Report of the Municipal Commissioner on the plague in Bombay for the year ending 31st May... - Volume 2
Disease focus: Plague
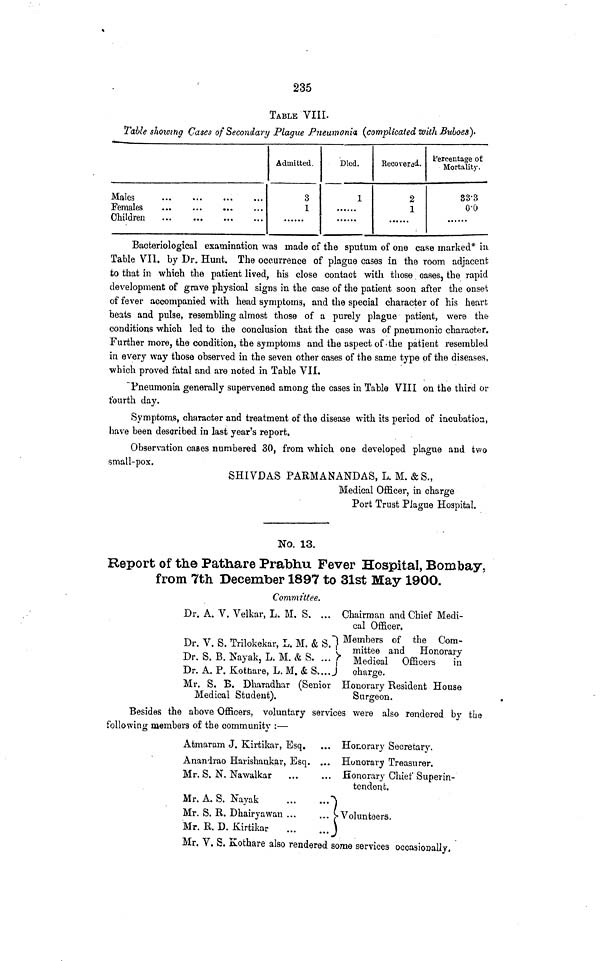
235
TABLE VIIL
*Table showing Cases of Secondary Plague Pneumonia (complicated with Buboes}*
Males
Females
Children
Admitted.
3
1
Died.
1
Recovered.
2
1
Percentage of
Mortality.
83-3
o-o
Bacteriological examination was made of the sputum of one case marked* in
Table VII. by Dr. Hunt. The occurrence of plague cases in the room adjacent
to that in which the patient lived, his close contact with those. cases, the rapid
development of grave physical signs in the case of the patient soon after the onset
of fever accompanied with head symptoms, and the special character of his heart
beats and pulse, resembling almost those of a purely plague patient, were the
conditions which led to the conclusion that the case was of pneumonic character.
Further more, the condition, the symptoms and the aspect of'the patient resembled
in every way those observed in the seven other cases of the same type of the diseases,
which proved fatal and are noted in Table VII.
"Pneumonia generally supervened among the cases in Table VIII on the third or
fourth day.
Symptoms, character and treatment of the disease with its period of incubation,
have been described in last year's report.
Observation cases numbered 30, from which one developed plague and two
small-pox.
SHIVDAS PARMANANDAS, L. M. &S.,
Medical Officer, in charge
Port Trust Plague Hospital.
No. 13.
Report of the Pathare Prabhu Fever Hospital, Bombay,
from 7th. December 1897 to 31st May 1900.
Committee.
Dr. A. V. Velkar, L, M. S. ... Chairman and Chief Medi-
cal Officer.
Dr. V. S. Trilokekar, L. M. & S.I Members of the Com-
•^ « -r» -LT ,,-,,„,-,
v mittee and
Honorary
Dr. S. B. Nayak, L. M. & S. ... > Medical Officei . s
£
Dr. A. P. Kotbare, L. M. & S.... J charge.
Mr. S. B. Dharadhar (Senior Honorary Resident House
Medical Student).
Surgeon.
Besides the above Officers, voluntary services were also rendered by the
following members of the community :—
o
*
Atmaram J. Kirtikar, Esq.
... Honorary Secretary.
Ananirao Harishankar, Esq. ... Honorary Treasurer.
Mr. S. N. Nawalkar
Honorary Chief Superin-
tendent.
Mr. A. S. Nayak
"S
Mr. S. R. Dhairyawan
[-Volunteers.
Mr. R. D. Kirtikar
J
Mr. V. S. Kothare also rendered some services occasionally.